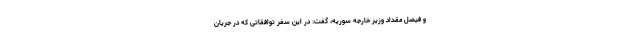
و فیصل مقداد وزیر خارجه سوریه، گفت: در این سفر توافقاتی که در جریان